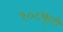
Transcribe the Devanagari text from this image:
१०८फुटी